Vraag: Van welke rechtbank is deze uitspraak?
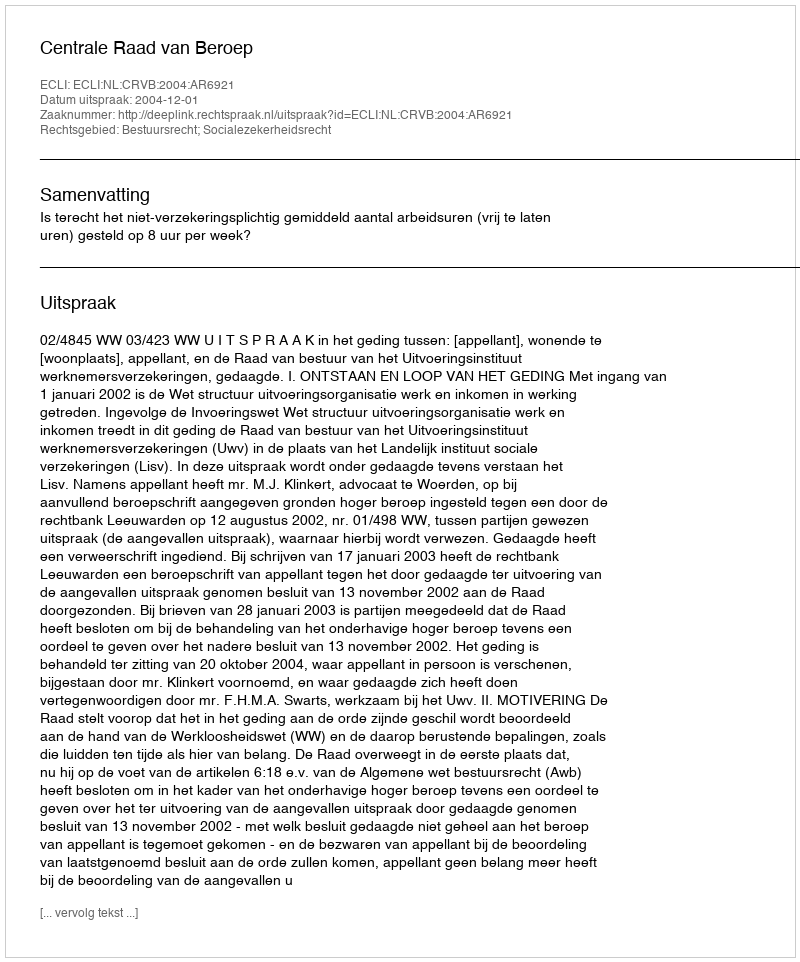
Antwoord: Centrale Raad van Beroep